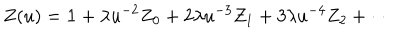
LaTeX: Z ( u ) = { \bf 1 } + \lambda u ^ { - 2 } Z _ { 0 } + 2 \lambda u ^ { - 3 } Z _ { 1 } + 3 \lambda u ^ { - 4 } Z _ { 2 } + \cdots